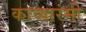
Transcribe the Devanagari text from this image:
काव्यारंमी